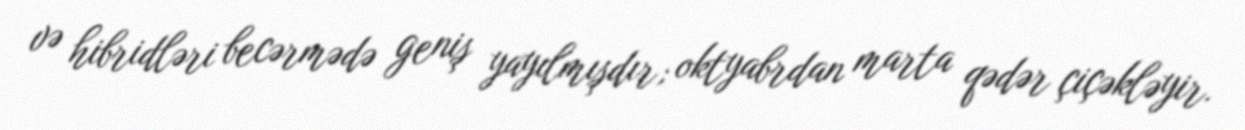
və hibridləri becərmədə geniş yayılmışdır; oktyabrdan marta qədər çiçəkləyir.